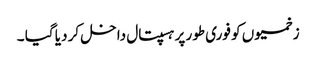
زخمیوں کو فوری طور پر ہسپتال داخل کر دیا گیا ۔